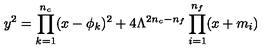
y ^ { 2 } = \prod _ { k = 1 } ^ { n _ { c } } ( x - \phi _ { k } ) ^ { 2 } + 4 \Lambda ^ { 2 n _ { c } - n _ { f } } \prod _ { i = 1 } ^ { n _ { f } } ( x + m _ { i } )